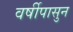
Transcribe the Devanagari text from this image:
वर्षीपासुन